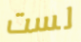
لست